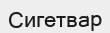
Сигетвар